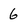
Character: 6